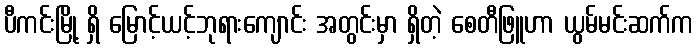
ပီကင်းမြို့ ရှိ မြောင့်ယင့်ဘုရားကျောင်း အတွင်းမှာ ရှိတဲ့ စေတီဖြူဟာ ယွမ်မင်းဆက်က